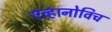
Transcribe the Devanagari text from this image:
एव्हानोविच